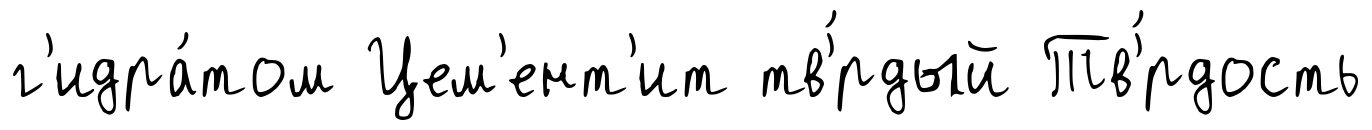
г'идра́том Цем'ент'ит тв'́рдый Тв'́рдость